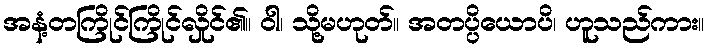
အနံ့တကြိုင်ကြိုင်လှိုင်၏။ ဝါ၊ သို့မဟုတ်။ အတပ္ပိယောပိ၊ ဟူသည်ကား။